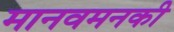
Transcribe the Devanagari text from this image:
मानवमनकी